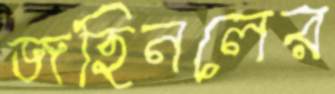
জহিনলের